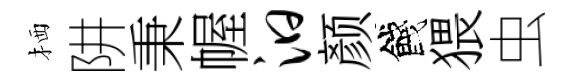
栖阱秉幄汩颜餞猥虫